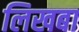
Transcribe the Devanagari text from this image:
लिखबा